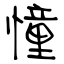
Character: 憧